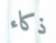
ذكاء